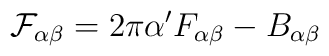
{\cal F}_{\alpha \beta} = 2 \pi \alpha' F_{\alpha \beta}-B_{\alpha \beta}